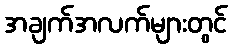
အချက်အလက်များတွင်